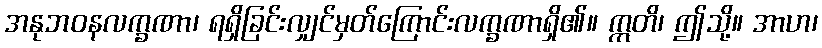
အနုဘဝနလက္ခဏာ၊ ရရှိခြင်းလျှင်မှတ်ကြောင်းလက္ခဏာရှိ၏။ ဣတိ၊ ဤသို့။ အာဟ၊